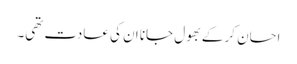
احسان کر کے بھول جانا ان کی عادت تھی۔